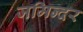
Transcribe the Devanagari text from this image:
जमिन्दर